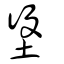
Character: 垼